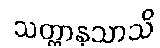
သတ္ထာနုသာသိ